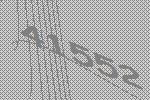
41552